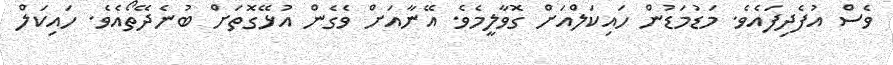
ވެސް އުފެދިފައެވެ. މަޑުމަޑުން ހައިކަލްއަށް ގޮވާލީމެވެ. އޭނާއަށް ވެގެން އުޅޭގޮތަށް ބުނެދޭތޯއެވެ. ހައިކަލް